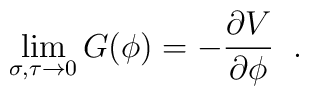
\lim_{\sigma,\tau \rightarrow 0} G(\phi)=-{\partial V \over\partial \phi}\;\;.